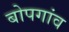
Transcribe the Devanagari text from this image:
बोपगांव